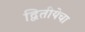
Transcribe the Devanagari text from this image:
द्वितीयेचा